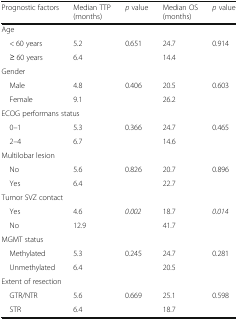
<table><thead><tr><td><b>Prognostic factors</b></td><td><b>Median TTP(months)</b></td><td><b><i>p</i> value</b></td><td><b>Median OS(months)</b></td><td><b><i>p</i> value</b></td></tr></thead><tbody><tr><td colspan="5">Age</td></tr><tr><td> &lt; 60 years</td><td>5.2</td><td>0.651</td><td>24.7</td><td>0.914</td></tr><tr><td> ≥ 60 years</td><td>6.4</td><td></td><td>14.4</td><td></td></tr><tr><td colspan="5">Gender</td></tr><tr><td> Male</td><td>4.8</td><td>0.406</td><td>20.5</td><td>0.603</td></tr><tr><td> Female</td><td>9.1</td><td></td><td>26.2</td><td></td></tr><tr><td colspan="5">ECOG performans status</td></tr><tr><td> 0–1</td><td>5.3</td><td>0.366</td><td>24.7</td><td>0.465</td></tr><tr><td> 2–4</td><td>6.7</td><td></td><td>14.6</td><td></td></tr><tr><td colspan="5">Multilobar lesion</td></tr><tr><td> No</td><td>5.6</td><td>0.826</td><td>20.7</td><td>0.896</td></tr><tr><td> Yes</td><td>6.4</td><td></td><td>22.7</td><td></td></tr><tr><td colspan="5">Tumor SVZ contact</td></tr><tr><td> Yes</td><td>4.6</td><td><i>0.002</i></td><td>18.7</td><td><i>0.014</i></td></tr><tr><td> No</td><td>12.9</td><td></td><td>41.7</td><td></td></tr><tr><td colspan="5">MGMT status</td></tr><tr><td> Methylated</td><td>5.3</td><td>0.245</td><td>24.7</td><td>0.281</td></tr><tr><td> Unmethylated</td><td>6.4</td><td></td><td>20.5</td><td></td></tr><tr><td colspan="5">Extent of resection</td></tr><tr><td> GTR/NTR</td><td>5.6</td><td>0.669</td><td>25.1</td><td>0.598</td></tr><tr><td> STR</td><td>6.4</td><td></td><td>18.7</td><td></td></tr></tbody></table>